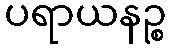
ပရာယနဉ္စ